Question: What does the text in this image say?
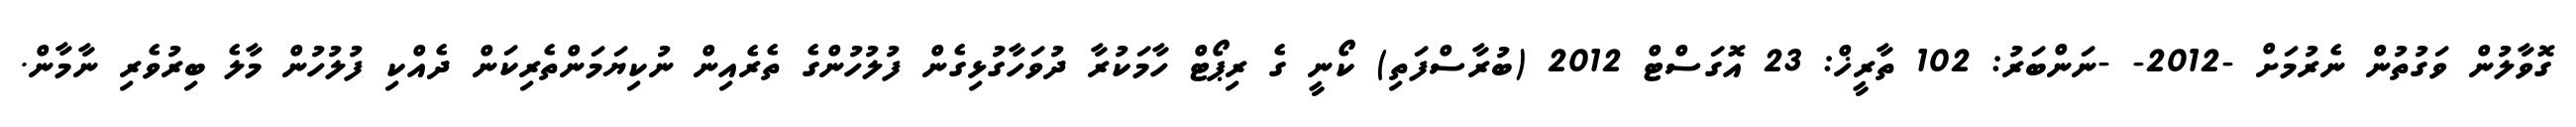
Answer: ގޮވާލުން ވަގުތުން ނެރުމަށް -2012- -ނަންބަރު: 102 ތާރީޚް: 23 އޮގަސްޓް 2012 (ބުރާސްފަތި) ކޯނީ ގެ ރިޕޯޓް ހާމަކުރާ ދުވަހާގުޅިގެން ފުލުހުންގެ ތެރެއިން ނުކިޔަމަންތެރިކަން ދެއްކި ފުލުހުން މާލެ ބިރުވެރި ނާމާން.